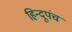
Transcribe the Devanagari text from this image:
हिन्दूपंच